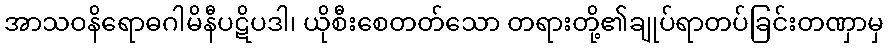
အာသဝနိရောဓဂါမိနီပဋိပဒါ၊ ယိုစီးစေတတ်သော တရားတို့၏ချုပ်ရာတပ်ခြင်းတဏှာမှ